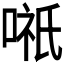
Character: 𭉌